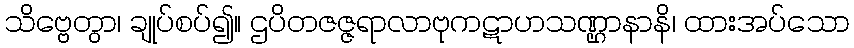
သိဗ္ဗေတွာ၊ ချုပ်စပ်၍။ ဌပိတဇဇ္ဇရာလာဗုကဋာဟသဏ္ဌာနာနိ၊ ထားအပ်သော